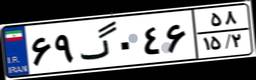
۶۹گ۰۴۶۵۸